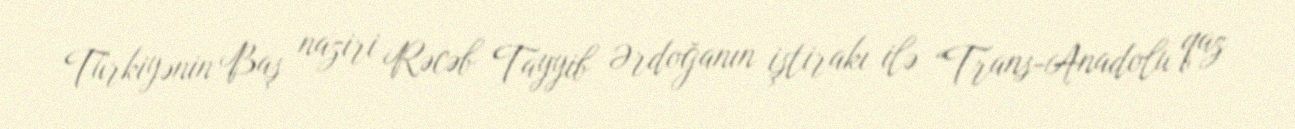
Türkiyənin Baş naziri Rəcəb Tayyib Ərdoğanın iştirakı ilə “Trans-Anadolu qaz